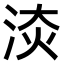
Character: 𣵩